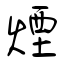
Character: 煙